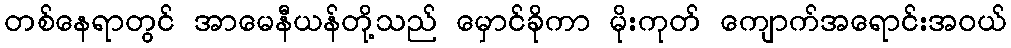
တစ်နေရာတွင် အာမေနီယန်တို့သည် မှောင်ခိုကာ မိုးကုတ် ကျောက်အရောင်းအဝယ်